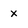
Character: x